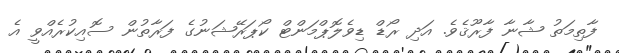
ފާތިމަތު ޝާނާ ފާރޫޤެވެ. އަދި ރޯޑް ޑިވެލޮޕްމަންޓް ކޯޕަރޭޝަނުގެ ފަރާތުން ސޮއިކުރެއްވީ އެ